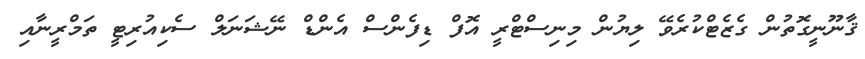
ޤާނޫނީގޮތުން ގެޒެޓްކުރެވޭ ލިޔުން މިނިސްޓްރީ އޮފް ޑިފެންސް އެންޑް ނޭޝަނަލް ސެކިއުރިޓީ ތަމްރީނާއި